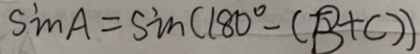
S i n A = S i n ( 1 8 0 ^ { \circ } - ( B + C ) )